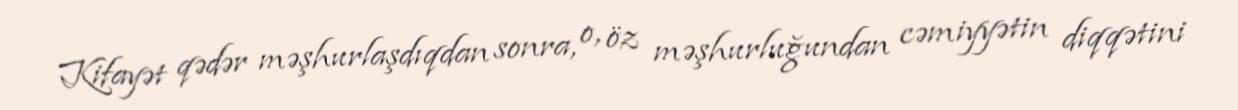
Kifayət qədər məşhurlaşdıqdan sonra, o, öz məşhurluğundan cəmiyyətin diqqətini